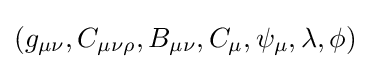
(g_{\mu \nu },C_{\mu \nu \rho },B_{\mu \nu },C_{\mu },\psi _{\mu },\lambda ,\phi )